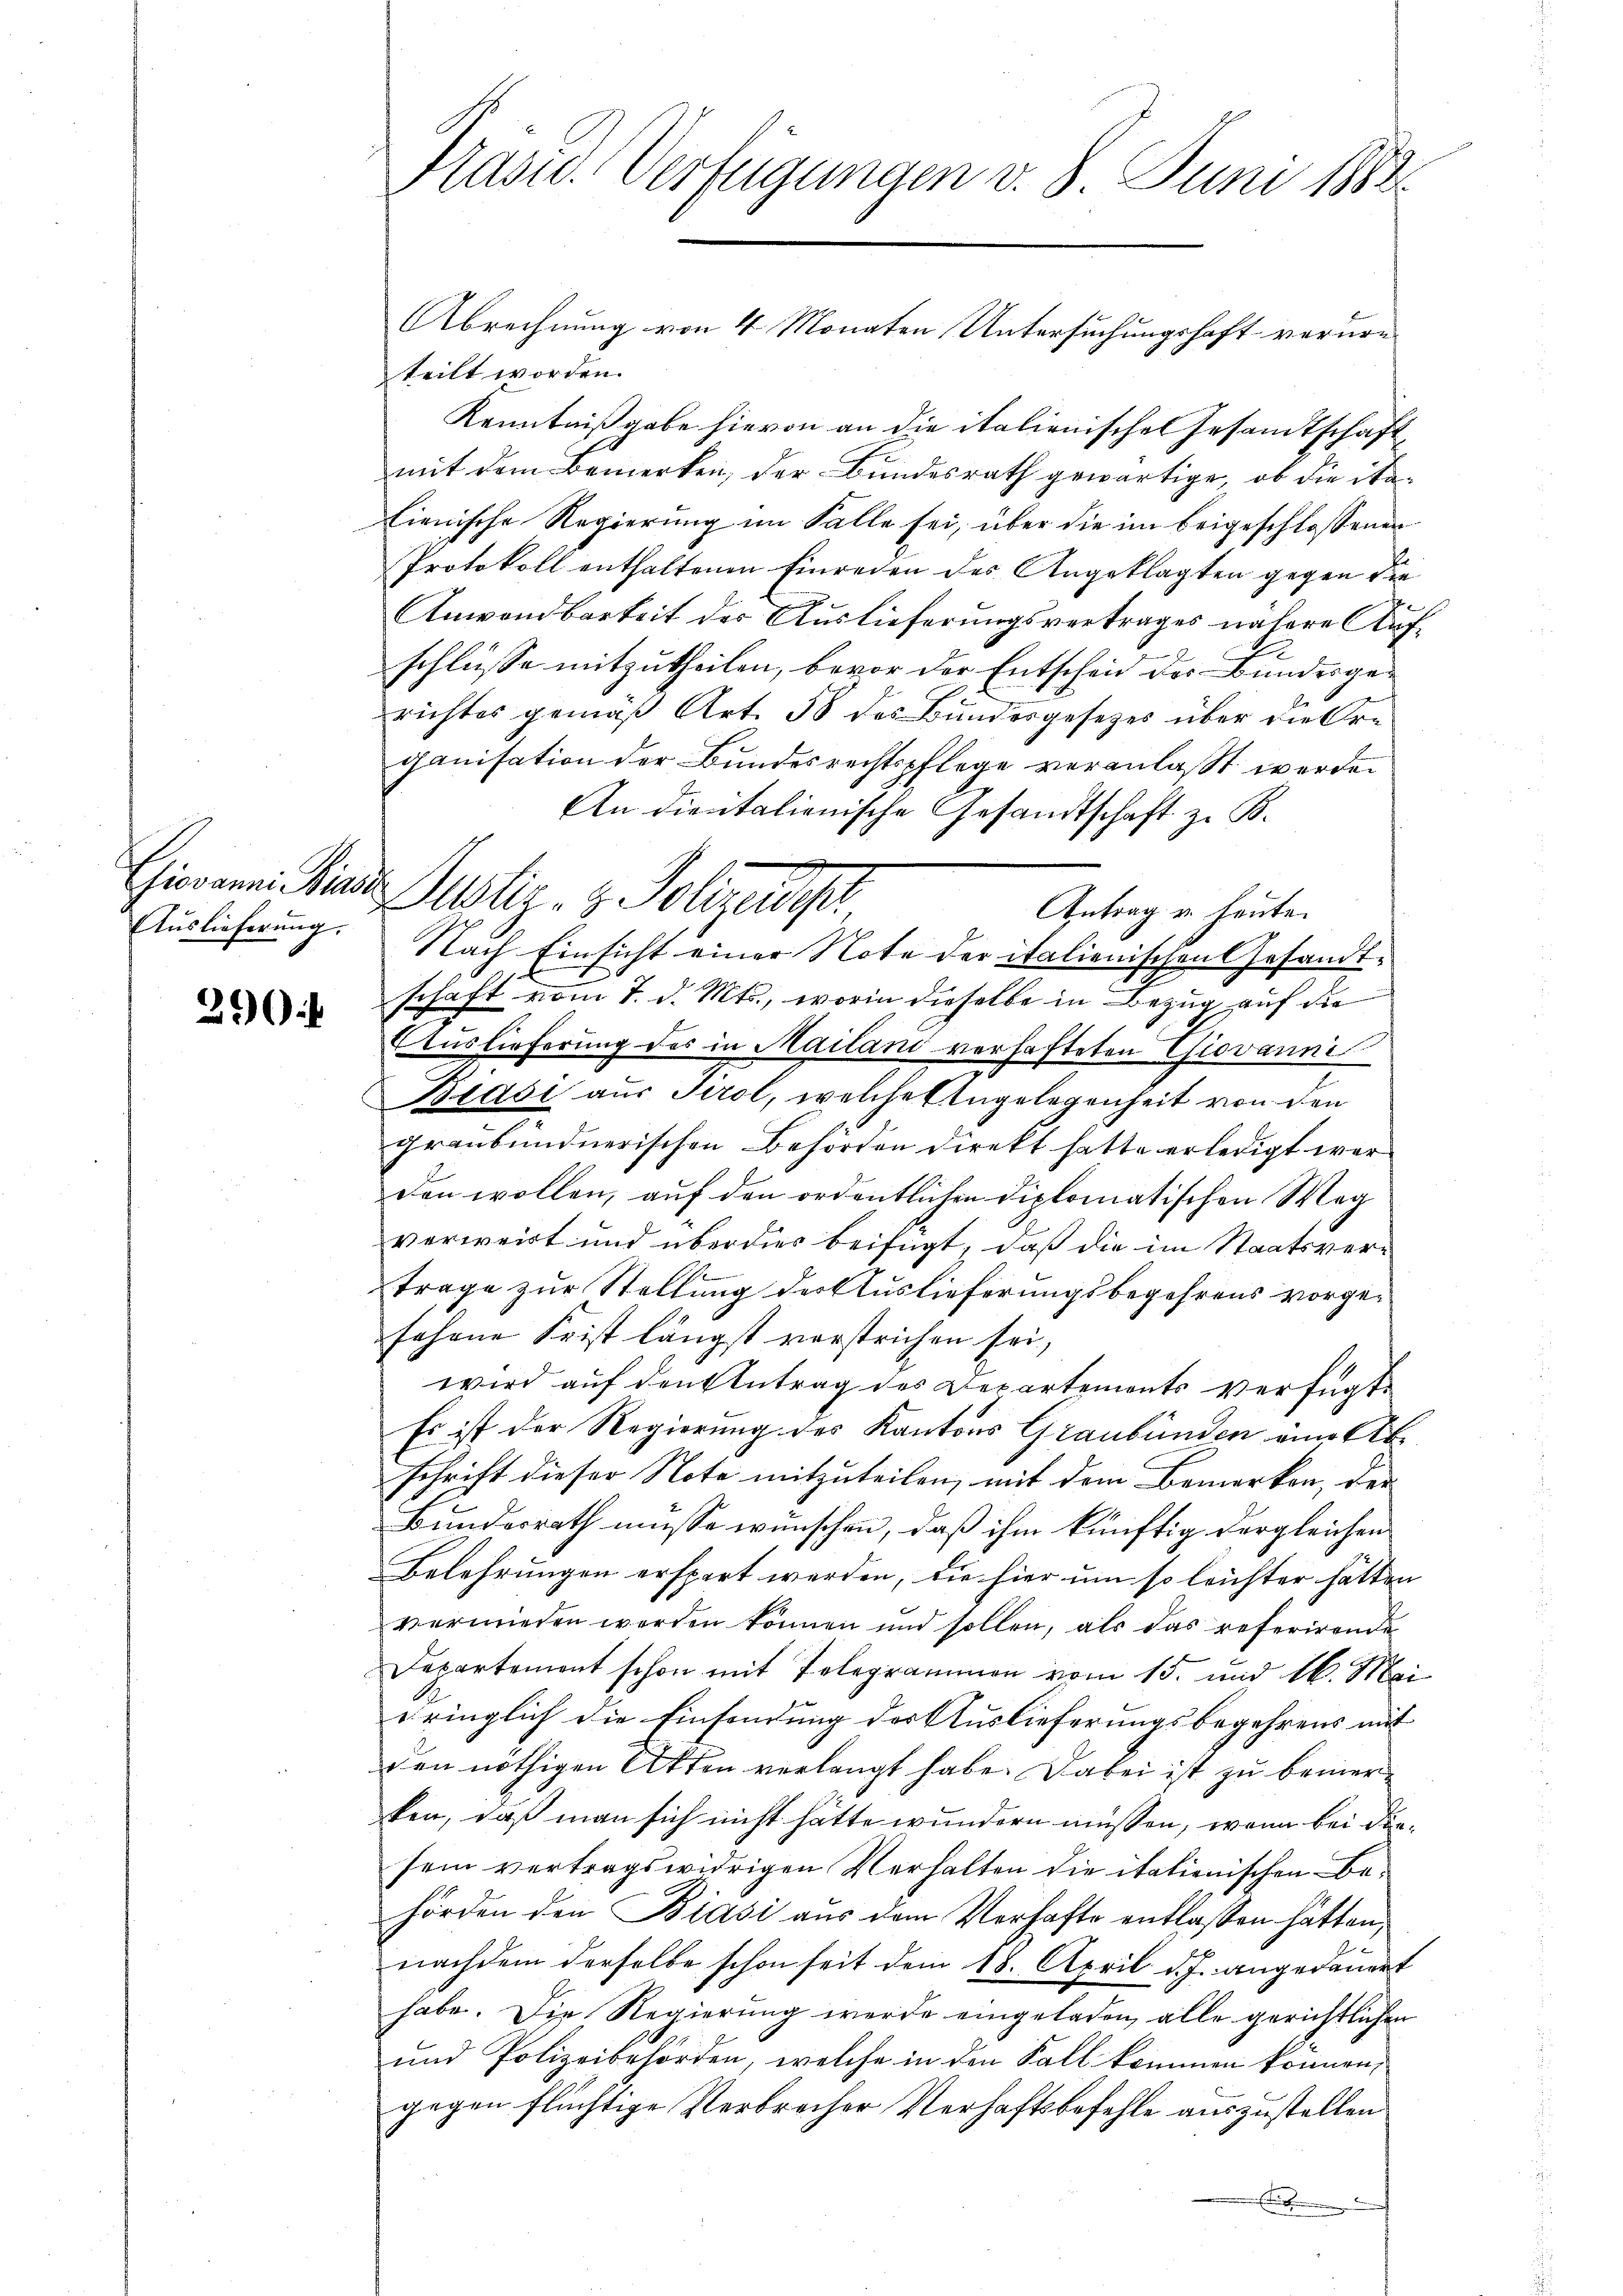
Auslieferŭng.

2904

Präsid. Verfügungen v. 8. Juni 1882

teilt worden.
Kenntnißgabe hievon an die italienischen Gesandtschaft
mit dem Bemerken, der Bundesrath gewärtige, ob die italienische Regierung im Falle sei, über die im beigeschlossenen
Protokoll enthaltenen Einreien des Angeklagten gegen die
Anwendbarkeit des Auslieferungsvertrages nähere Aufschlüsse mitzutheilen, bevor der Entscheid des Bundesgerichtes gemäß Art. 58 des Bundesgesetzes über die Organisation der Bundesrechtspflege veranlasst werden
An dientalienische Gesandtschaft z. B.
Antrag u. heute.
Nach Einsicht einer Note der italienischen Gesandt¬
.
schaft vom 7. d. Mts., worin dieselbe in Bezug auf die
Auslieferung des in Mailand verhafteten Giovanni
Biasi aus Tirol, welche Angelegenheit von den
graubündnerischen Behörden direkt hatte erledigt war
den wollen, auf den ordentlichen Diplomatischen Weg
verweist und überdies beifügt, daß die im Staatsvertrage zur Stellung der Auslieferungsbegehrens vorgesehene Frist längst verstrichen sei,
wird auf den Antrag des Departements verfügt
Es ist der Regierung des Kantons Graubünden eine Ab
schrift dieser Note mitzuteilen, mit dem Bemerken, der
Bundesrath müsse wünschen, daß ihm künftig dergleichen
Belehrungen erspart werden, die hier um so leichter hätten
vermieden werden können und sollen, als das referirende
Departement schon mit Telegrammen vom 15. und 16. Mai
dringlich die Einsendung der Auslieferungsbegehrens mit
den nöthigen Akten verlangt habe. Dabei ist zu bemerken, daß man sich nicht hätte wundern müssen, wenn bei diesein vertragswidrigen Verhalten die italienischen Behörden den Biasi aus dem Vorhafte entlassen hätten,
nachdem derselbe schon seit dem 18. April d. J. angedauert
habe. Die Regierung werde eingeladen, alle gerichtlichen
und Polizeibehörden, welche in den Fall kommen können,
gegen flüchtige Verbrecher Verhaftsbefehle auszustellen
.

Chimam Kinde Justiz- & Polizeidi

Abrechnung von 4 Monaten Untersuchungshaft verurn-